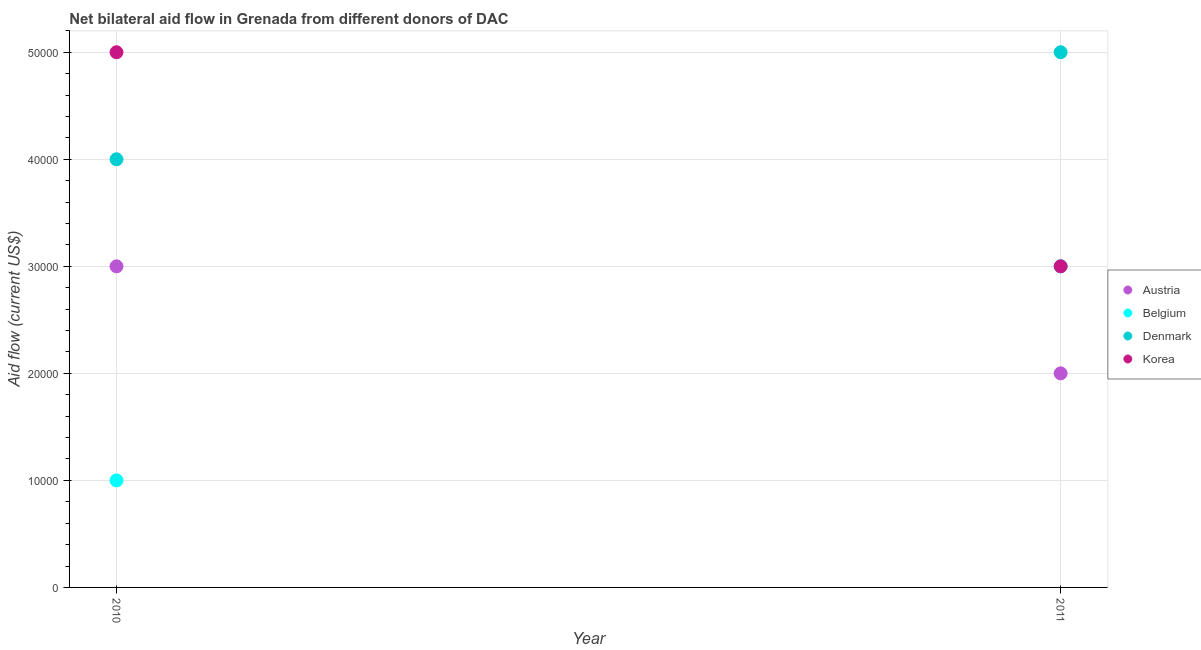
| Year | Austria | Belgium | Denmark | Korea |
 | --- | --- | --- | --- | --- |
 | 2010 | 3e+04 | 1e+04 | 4e+04 | 5e+04 |
 | 2011 | 2e+04 | 3e+04 | 5e+04 | 3e+04 |